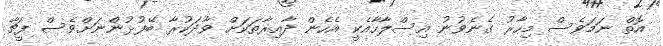
އޮތް ނަމަވެސް މިހާރު ގެނެވުނު އިސްލާހާއެކީ އެހެން ދާއިރާތަކަށް ވާދަކުރާ ބޭފުޅުންނަށްވެސް ފީޗާ